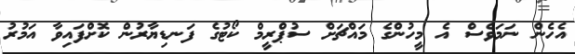
އެހެން ނަމަވެސް އެ މީހުންގެ މައްޗަށް ސުޕްރީމް ކޯޓުގެ ފަނޑިޔާރުން ކޮށްފައިވާ އަމުރު